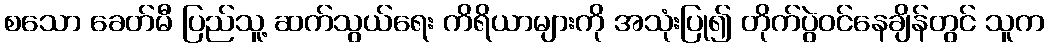
စသော ခေတ်မီ ပြည်သူ့ ဆက်သွယ်ရေး ကိရိယာများကို အသုံးပြု၍ တိုက်ပွဲဝင်နေချိန်တွင် သူက